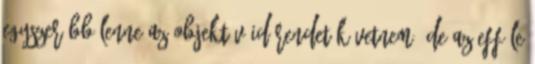
Egyszerűbb lenne az objektív időrendet követnem, de az efféle